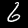
Digit: 6